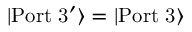
| \mathrm { P o r t \ 3 ^ { \prime } } \rangle = | \mathrm { P o r t \ 3 } \rangle